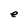
Character: e